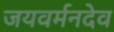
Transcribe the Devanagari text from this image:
जयवर्मनदेव